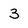
Character: 3